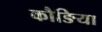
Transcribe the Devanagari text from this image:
कौङिया